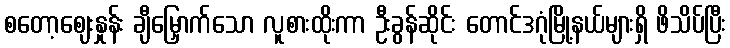
စတော့ဈေးနှုန်း ချီမြှောက်သော လူစားထိုးကာ ဦးခွန်ဆိုင်း တောင်ဒဂုံမြို့နယ်များရှိ ဖိသိပ်ပြီး